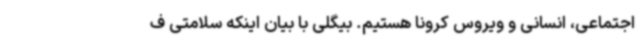
اجتماعی، انسانی و ویروس کرونا هستیم. بیگلی با بیان اینکه سلامتی ف